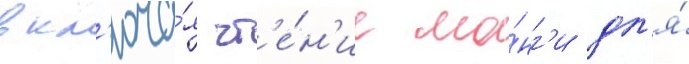
вкл'юча́я чт'е́н'ие ма́нг'и дл'я́